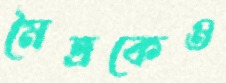
মৈত্রকেও